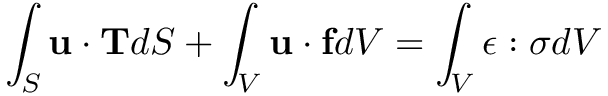
\int _ { S } \mathbf { u \cdot T } d S + \int _ { V } \mathbf { u } \cdot \mathbf { f } d V = \int _ { V } { \boldsymbol { \epsilon } } : { \boldsymbol { \sigma } } d V